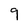
Character: 9